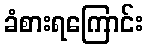
ခံစားရကြောင်း